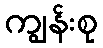
ကျွန်းစု